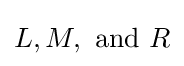
L,M,{\text{ and }}R